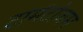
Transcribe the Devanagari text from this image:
टोमेंटोजम